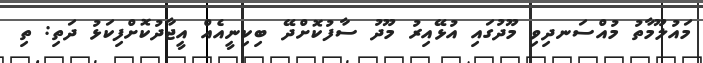
މައުލޫމާތު މުއްސަނދިވި މޫދުގައި އުޅޭއިރު މޫދު ސާފުކޮށްދޭ ބިކިނީއެއް އީޖާދުކޮށްފިކަޅު ދަތި: ތި